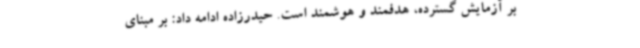
بر آزمایش گسترده، هدفمند و هوشمند است. حیدرزاده ادامه داد: بر مبنای